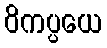
ဝိကပ္ပယေ